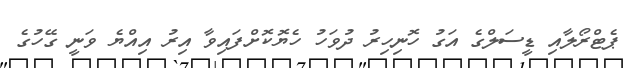
ޕެޓްރޯލާއި ޑީސަލްގެ އަގު ހޮނިހިރު ދުވަހު ހެޔޮކޮށްފައިވާ އިރު އިއްޔެ ވަނީ ގޭހުގެ